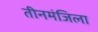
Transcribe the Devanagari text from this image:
तीनमंजिला